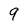
Character: 9